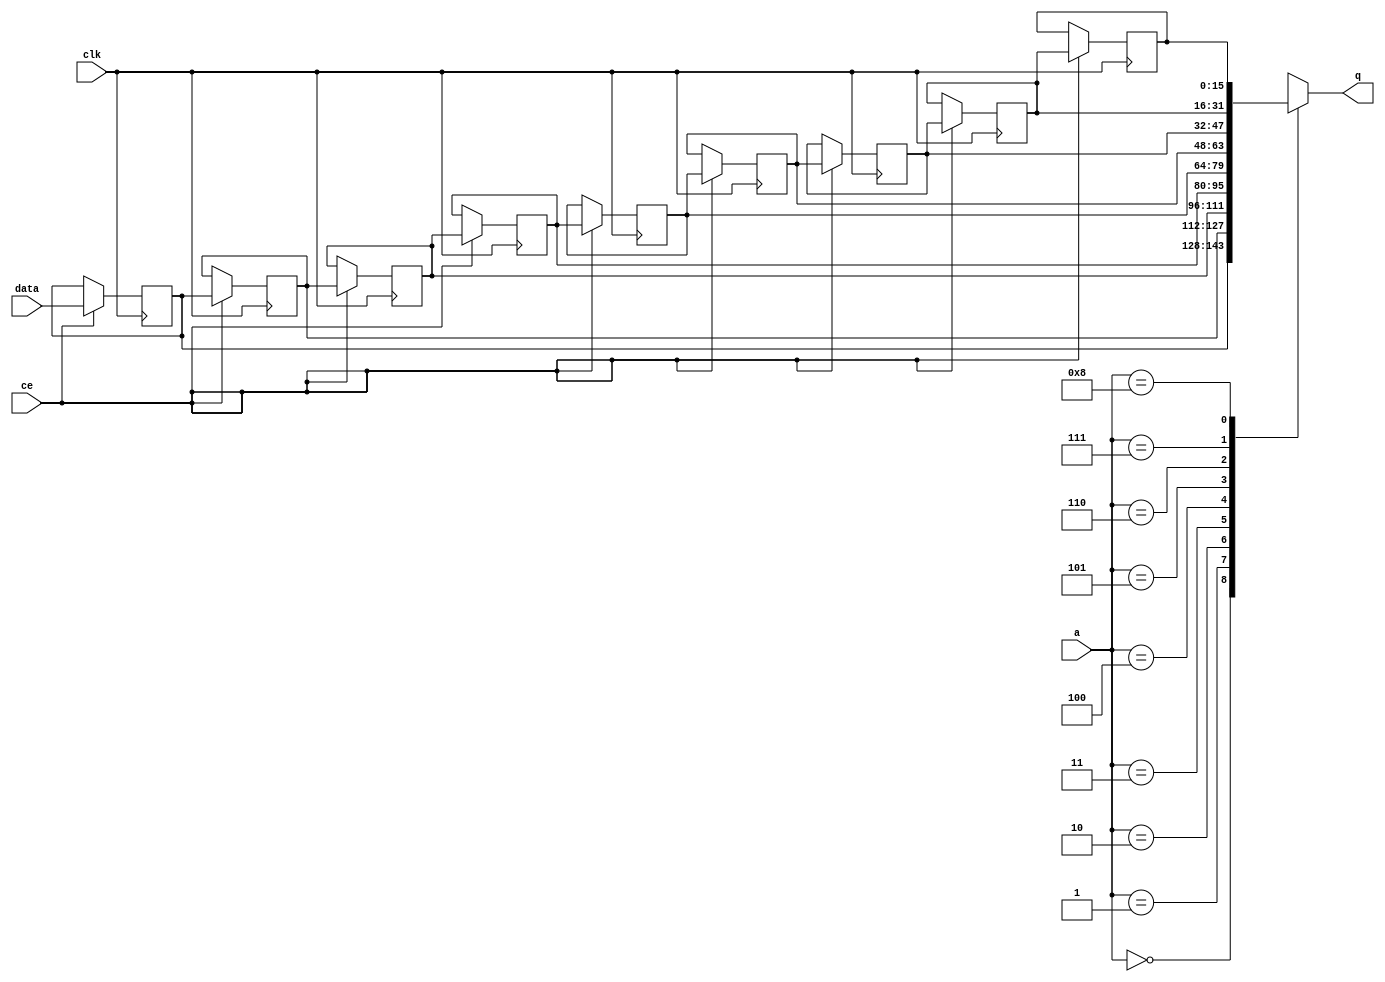
// ==============================================================
// File generated by Vivado(TM) HLS - High-Level Synthesis from C, C++ and SystemC
// Version: 2017.4.op
// Copyright (C) 1986-2018 Xilinx, Inc. All Rights Reserved.
// 
// ==============================================================


`timescale 1 ns / 1 ps

module fifo_w16_d8_A_shiftReg (
    clk,
    data,
    ce,
    a,
    q);

parameter DATA_WIDTH = 32'd16;
parameter ADDR_WIDTH = 32'd4;
parameter DEPTH = 32'd9;

input clk;
input [DATA_WIDTH-1:0] data;
input ce;
input [ADDR_WIDTH-1:0] a;
output [DATA_WIDTH-1:0] q;

reg[DATA_WIDTH-1:0] SRL_SIG [0:DEPTH-1];
integer i;

always @ (posedge clk)
    begin
        if (ce)
        begin
            for (i=0;i<DEPTH-1;i=i+1)
                SRL_SIG[i+1] <= SRL_SIG[i];
            SRL_SIG[0] <= data;
        end
    end

assign q = SRL_SIG[a];

endmodule

module fifo_w16_d8_A (
    clk,
    reset,
    if_empty_n,
    if_read_ce,
    if_read,
    if_dout,
    if_full_n,
    if_write_ce,
    if_write,
    if_din);

parameter MEM_STYLE   = "shiftreg";
parameter DATA_WIDTH  = 32'd16;
parameter ADDR_WIDTH  = 32'd4;
parameter DEPTH       = 32'd9;

input clk;
input reset;
output if_empty_n;
input if_read_ce;
input if_read;
output[DATA_WIDTH - 1:0] if_dout;
output if_full_n;
input if_write_ce;
input if_write;
input[DATA_WIDTH - 1:0] if_din;

wire[ADDR_WIDTH - 1:0] shiftReg_addr ;
wire[DATA_WIDTH - 1:0] shiftReg_data, shiftReg_q;
wire                     shiftReg_ce;
reg[ADDR_WIDTH:0] mOutPtr = {(ADDR_WIDTH+1){1'b1}};
reg internal_empty_n = 0, internal_full_n = 1;

assign if_empty_n = internal_empty_n;
assign if_full_n = internal_full_n;
assign shiftReg_data = if_din;
assign if_dout = shiftReg_q;

always @ (posedge clk) begin
    if (reset == 1'b1)
    begin
        mOutPtr <= ~{ADDR_WIDTH+1{1'b0}};
        internal_empty_n <= 1'b0;
        internal_full_n <= 1'b1;
    end
    else begin
        if (((if_read & if_read_ce) == 1 & internal_empty_n == 1) && 
            ((if_write & if_write_ce) == 0 | internal_full_n == 0))
        begin
            mOutPtr <= mOutPtr - 1;
            if (mOutPtr == 0)
                internal_empty_n <= 1'b0;
            internal_full_n <= 1'b1;
        end 
        else if (((if_read & if_read_ce) == 0 | internal_empty_n == 0) && 
            ((if_write & if_write_ce) == 1 & internal_full_n == 1))
        begin
            mOutPtr <= mOutPtr + 1;
            internal_empty_n <= 1'b1;
            if (mOutPtr == DEPTH - 2)
                internal_full_n <= 1'b0;
        end 
    end
end

assign shiftReg_addr = mOutPtr[ADDR_WIDTH] == 1'b0 ? mOutPtr[ADDR_WIDTH-1:0]:{ADDR_WIDTH{1'b0}};
assign shiftReg_ce = (if_write & if_write_ce) & internal_full_n;

fifo_w16_d8_A_shiftReg 
#(
    .DATA_WIDTH(DATA_WIDTH),
    .ADDR_WIDTH(ADDR_WIDTH),
    .DEPTH(DEPTH))
U_fifo_w16_d8_A_ram (
    .clk(clk),
    .data(shiftReg_data),
    .ce(shiftReg_ce),
    .a(shiftReg_addr),
    .q(shiftReg_q));

endmodule